Annual report on the working of the mental hospitals in the Madras Presidency - 1912-1932
Year: 1912
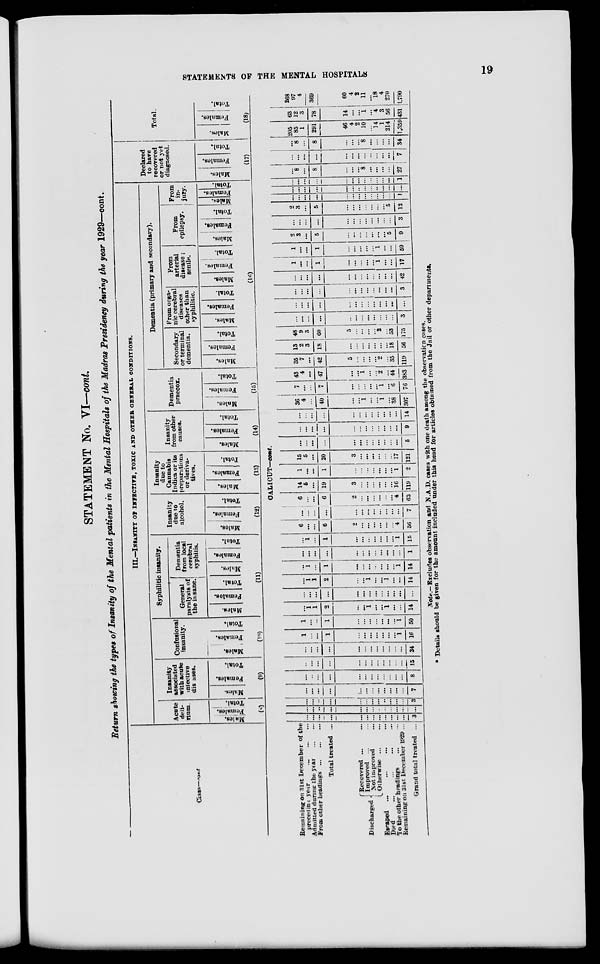
STATEMENTS OF THE MENTAL
HOSPITALS
19
STATEMENT No. VI—cont.
Return showing the types of Insanity of the Mental patients in the Mental Hospitals of the Madras Presidency during the year 1929—cont.
Class—cont.
III.—INSANITY OF INFECTIVE, TOXIC AND OTHER GENERAL CONDITIONS.
Acute
deli-
rium.
Males.
Females.
Total.
(8)
Insanity
associated
with acute
infective
diseases.
Males.
Females.
Total.
(9)
Confusional
insanity.
Males.
Females.
Total.
(10)
Syphilitic insanity.
General
paralysis of
the insane.
Males.
Females.
Total.
Dementia
from local
cerebral
syphilis.
Males.
Females.
Total.
(11)
Insanity
due to
alcohol.
Males.
Females.
Total.
(12)
Insanity
due to
Cannabis
Indica or its
preparations
or deriva-
tives.
Males.
Females.
Total.
(13)
Insanity
from other
causes.
Males.
Females.
Total.
(14)
Dementia
praecox.
Males.
Females.
Total.
(15)
Dementia (primary and secondary).
Secondary
or terminal
dementia.
Males.
Females.
Total.
From orga-
nic cerebral
diseases
other than
syphilitic.
Males.
Females.
Total.
From
arterial
disease ;
senile.
Males.
Females.
Total.
From
epilepsy.
Males.
Females.
Total.
From
in-
jury.
Males.
Females.
Total.
(16)
Declared
to have
recovered
or not yet
diagnosed.
Males.
Females.
Total.
(17)
Total.
Males.
Females.
Total.
(18)
CALICUT—cont.
Remaining on 31st December of the
preceding year
...
...
...
Admitted during the year
...
...
From other headings
...
...
...
Total treated ...
Discharged
Recovered ... ...
Improved ... ...
Not improved ...
Otherwise ... ...
Escaped
... ... ... ...
Died
...
...
...
...
To the other headings ... ...
Remaining on 31st December 1929 ...
Grand total treated ...
...
...
...
...
...
...
...
...
...
...
...
...
3
...
...
...
...
...
...
...
...
...
...
...
...
...
...
...
...
...
...
...
...
...
...
...
...
...
3
...
...
...
...
...
...
...
...
...
...
...
...
7
...
...
...
...
...
...
...
...
...
...
...
...
8
...
...
...
...
...
...
...
...
...
...
...
...
15
...
...
...
...
...
...
...
...
...
...
...
...
34
1
...
...
1
...
...
...
...
...
...
...
1
16
1
...
...
1
...
...
...
...
...
...
...
1
50
...
1
1
2
...
...
1
...
...
1
...
...
14
...
...
...
...
...
...
...
...
...
...
...
...
...
...
1 1
2
...
...
1
...
...
1
...
...
14
...
1
...
1
...
...
...
...
...
...
...
1
14
...
...
...
...
...
...
...
...
...
...
...
...
1
...
1
...
1
...
...
...
...
...
...
...
1
15
6
...
...
6
2
...
...
...
...
...
...
4
56
...
...
...
...
...
...
...
...
...
...
...
...
7
6
...
...
6
2
...
...
...
...
...
...
4
63
14
5
...
19
3
...
...
...
...
...
...
16
119
1
...
...
1
...
...
...
...
...
...
...
1
2
15
5
...
20
3
...
...
...
...
...
...
17
121
...
...
...
...
...
...
...
...
...
...
...
...
5
...
...
...
...
...
...
...
...
...
...
...
...
9
...
...
...
...
...
...
...
...
...
...
...
...
14
36
4
...
40
...
...
1
...
...
1
...
38
307
7
...
...
7
...
...
...
...
...
1
...
6
76
43
4
...
47
...
...
1
...
...
2
...
44
383
35
7
...
42
5
...
...
...
...
2
...
35
119
13
2
3
18
...
...
...
...
...
...
...
18
56
48
9
3
60
5
...
...
...
...
2
...
53
175
...
...
...
...
...
...
...
...
...
...
...
...
3
...
...
...
...
...
...
...
...
...
...
...
...
...
...
...
...
...
...
...
...
...
...
...
...
...
3
...
...
...
...
...
...
...
...
...
...
...
...
42
1
...
...
1
...
...
...
...
...
1
...
...
17
1
...
...
1
...
...
...
...
...
1
...
...
59
2
3
...
5
...
...
...
...
...
...
...
5
9
...
...
...
...
...
...
...
...
...
...
...
...
3
2
3
...
5
...
...
...
...
...
...
...
5
12
...
...
...
...
...
...
...
...
...
...
...
...
1
...
...
...
...
...
...
...
...
...
...
...
...
...
...
...
...
...
...
...
...
...
...
...
...
...
1
...
8
...
8
...
...
...
8
...
...
...
...
27
...
...
...
...
...
...
...
...
...
...
...
...
7
...
8
...
8
...
...
...
8
...
...
...
...
34
205
85
1
291
46
4
2
10
...
14
1
214
1,359
63
12
3
78
14
...
...
1
...
4
3
56
431
268
97
4
369
60
4
2
11
...
18
4
270
1,790
Note.—Excludes observation and N.A.D. cases with one death among the observation cases.
* Details should be given for the amount included under this head for articles obtained from the Jail or other departments.